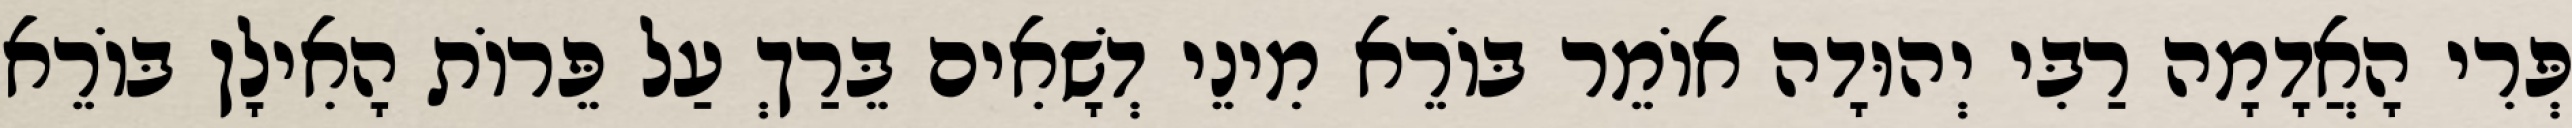
פְּרִי הָאֲדָמָה רַבִּי יְהוּדָה אוֹמֵר בּוֹרֵא מִינֵי דְשָׁאִים בֵּרַךְ עַל פֵּרוֹת הָאִילָן בּוֹרֵא